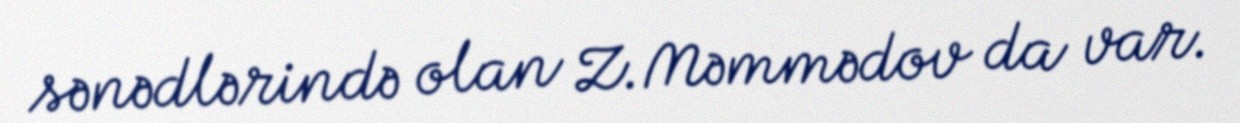
sənədlərində olan Z.Məmmədov da var.